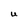
Character: U